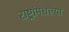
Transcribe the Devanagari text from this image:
राष्ट्रांमधल्या